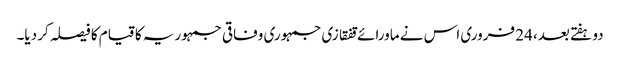
دو ہفتے بعد، 24 فروری اس نے ماورائے قفقازی جمہوری وفاقی جمہوریہ کا قیام کا فیصلہ کر دیا۔